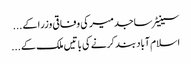
سینیٹر ساجد میر کی وفاقی وزرا کے ...
اسلام آباد بند کرنے کی باتیں ملک کے ...